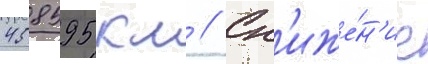
458595 км // Сн'иже́н'ие